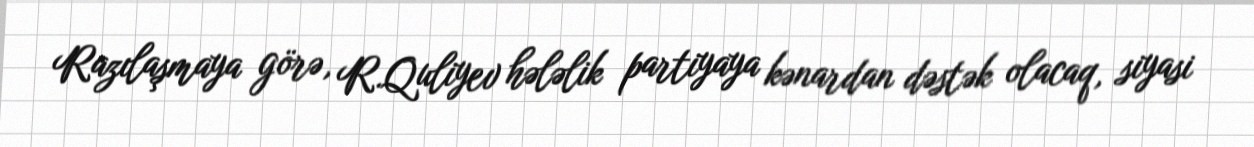
Razılaşmaya görə, R.Quliyev hələlik partiyaya kənardan dəstək olacaq, siyasi